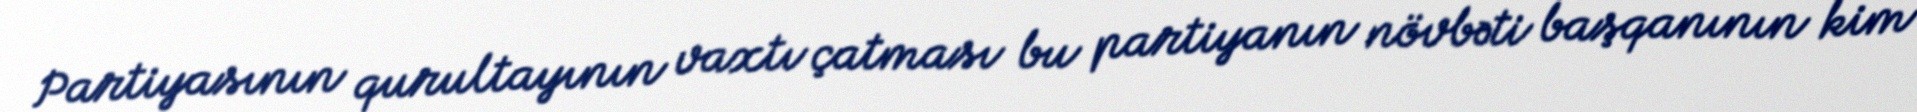
Partiyasının qurultayının vaxtı çatması bu partiyanın növbəti başqanının kim